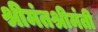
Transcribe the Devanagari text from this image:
श्रीमंतश्रीमंती